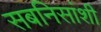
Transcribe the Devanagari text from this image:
सबनिसांशी